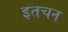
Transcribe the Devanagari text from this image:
इतचन